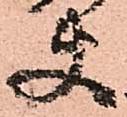
夫